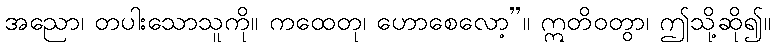
အညော၊ တပါးသောသူကို။ ကထေတု၊ ဟောစေလော့”။ ဣတိဝတွာ၊ ဤသို့ဆို၍။